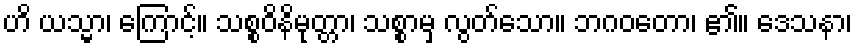
ဟိ ယသ္မာ၊ ကြောင့်။ သစ္စဝိနိမုတ္တာ၊ သစ္စာမှ လွတ်သော။ ဘဂဝတော၊ ၏။ ဒေသနာ၊